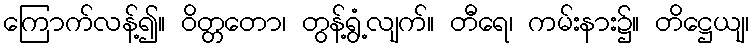
ကြောက်လန့်၍။ ဝိတ္တတော၊ တွန့်ရွံ့လျက်။ တီရေ၊ ကမ်းနား၌။ တိဋ္ဌေယျ၊